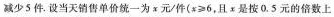
减少5件。设当天销售单价统一为α元/件(x≥6，且x是按0.5元的倍数上